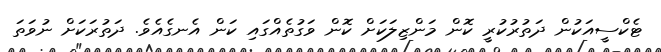
ޓެކްސީއަކުން ދަތުރުކުރީ ކޮން މަންޒިލަކަށް ކޮން ވަގުތެއްގައި ކަން އެނގެއެވެ. ދަތުރަކަށް ނުވަތަ